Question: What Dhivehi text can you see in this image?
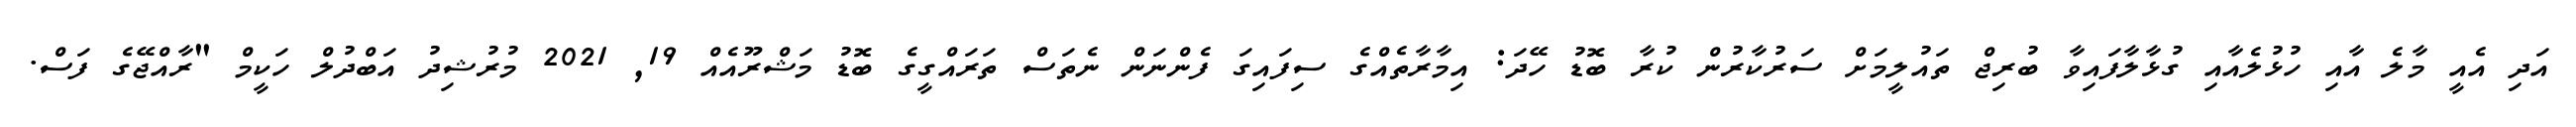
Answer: އަދި އެއީ މާލެ އާއި ހުޅުލެއާއި ގުޅާލާފައިވާ ބުރިޖް ތައުލީމަށް ސަރުކާރުން ކުރާ ބޮޑު ހޭދަ: އިމާރާތެއްގެ ސިފައިގަ ފެންނަން ނެތަސް ތަރައްގީގެ ބޮޑު މަޝްރޫއެއް 19, 2021 މުރުޝިދު އަބްދުލް ހަކީމް "ރާއްޖޭގެ ފަސް.